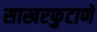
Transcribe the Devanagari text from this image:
साखरफुटाणे